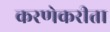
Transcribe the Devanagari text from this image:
करणेकरीता